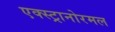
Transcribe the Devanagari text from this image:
एक्स्ट्रानोरमल